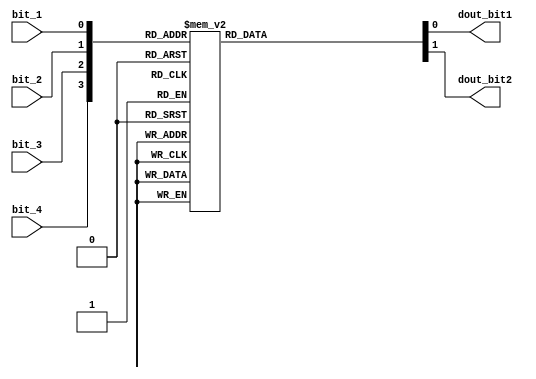
module conv_lut_bits23(
input				bit_1,
input				bit_2,
input				bit_3,
input				bit_4,


output reg			dout_bit1,
output reg			dout_bit2

);

//wire reg define here

//wire				bit_1;
//wire				bit_2;
//wire				bit_3;
//wire				bit_4;
//wire				dout_bit1; //low bit
//wire				dout_bit2; //heigh bit


always@(*)begin
		case({bit_4,bit_3,bit_2,bit_1})
			4'b0000:
			begin
				dout_bit1 <= 0;
				dout_bit2 <= 0;	
			end
		4'b0001:
			begin
				dout_bit1 <= 1;
				dout_bit2 <= 0;	
			end
		4'b0010:
			begin
				dout_bit1 <= 0;
				dout_bit2 <= 1;	
			end
		4'b0011:
			begin
				dout_bit1 <= 1;
				dout_bit2 <= 1;	
			end
		4'b0100:
			begin
				dout_bit1 <= 1;
				dout_bit2 <= 0;	
			end
		4'b0101:
			begin
				dout_bit1 <= 0;
				dout_bit2 <= 1;	
			end
		4'b0110:
			begin
				dout_bit1 <= 1;
				dout_bit2 <= 1;	
			end
		4'b0111:
			begin
				dout_bit1 <= 0;
				dout_bit2 <= 0;	
			end
		4'b1000:
			begin
				dout_bit1 <= 0;
				dout_bit2 <= 1;	
			end
		4'b1001:
			begin
				dout_bit1 <= 1;
				dout_bit2 <= 1;	
			end
		4'b1010:
			begin
				dout_bit1 <= 0;
				dout_bit2 <= 0;	
			end
		4'b1011:
			begin
				dout_bit1 <= 1;
				dout_bit2 <= 0;	
			end	
		4'b1100:
			begin
				dout_bit1 <= 1;
				dout_bit2 <= 1;	
			end
		4'b1101:
			begin
				dout_bit1 <= 0;
				dout_bit2 <= 0;	
			end
		4'b1110:
			begin
				dout_bit1 <= 1;
				dout_bit2 <= 0;	
			end
		4'b1111:
			begin
				dout_bit1 <= 0;
				dout_bit2 <= 1;	
			end				
			
		endcase


end




endmodule